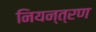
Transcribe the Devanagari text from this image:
नियन्‍त्रण